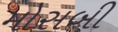
મોસબી